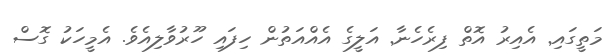
މަތީގައި